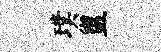
璞盥